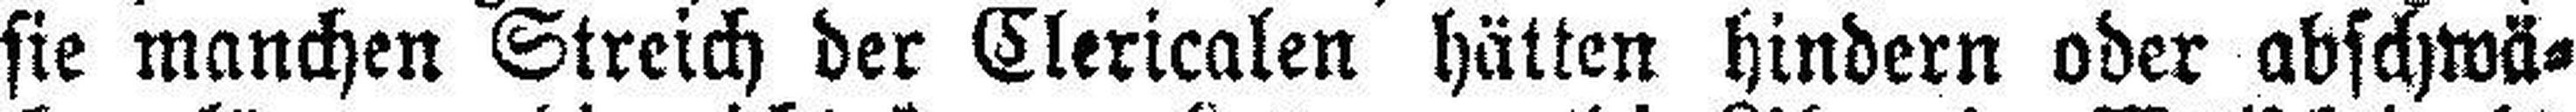
sie manchen Streich der Clericalen hätten hindern oder abschwä¬